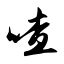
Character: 喳